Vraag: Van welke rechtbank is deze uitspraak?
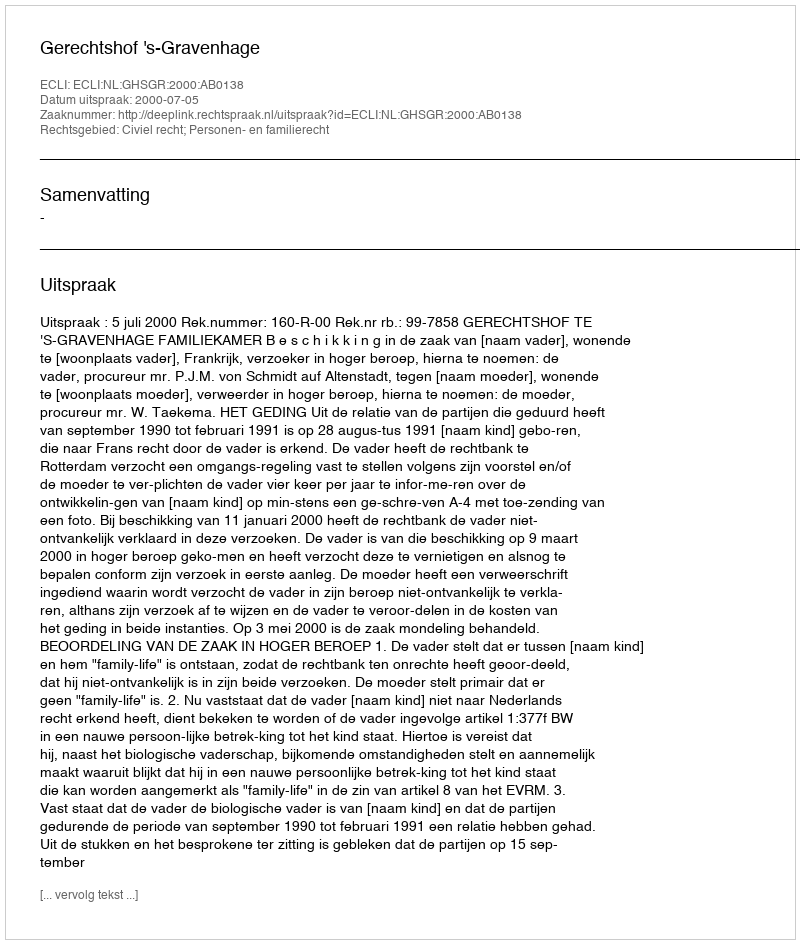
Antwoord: Gerechtshof 's-Gravenhage